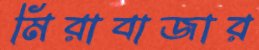
মিরাবাজার